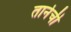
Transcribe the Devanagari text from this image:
तानेची